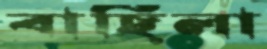
বাছিলা